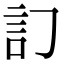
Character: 𧥟